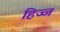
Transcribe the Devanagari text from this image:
हिज्ज